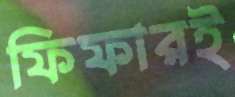
ফিফারই